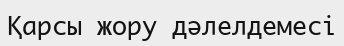
Қарсы жору дәлелдемесі